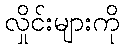
လှိုင်းများကို